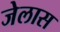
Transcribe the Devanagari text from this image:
जेलास